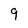
Character: 9